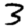
Digit: 3